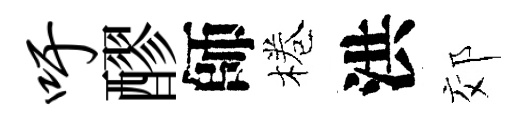
吁醪師棬洪郊